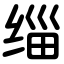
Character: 缁